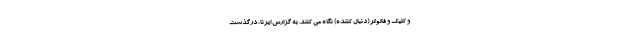
و کلیک و فالوئر (دنبال کننده) نگاه می کنند. به گزارش ایرنا، درگذشت